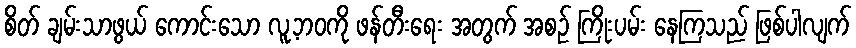
စိတ် ချမ်းသာဖွယ် ကောင်းသော လူ့ဘဝကို ဖန်တီးရေး အတွက် အစဉ် ကြိုးပမ်း နေကြသည် ဖြစ်ပါလျက်